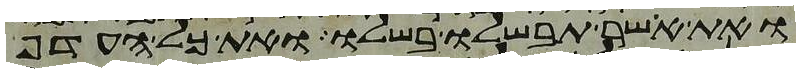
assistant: ואת אשר תבשלו בשלו ואת כל העדף